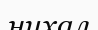
нихал